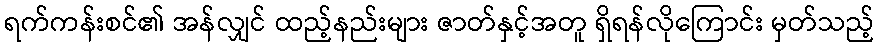
ရက်ကန်းစင်၏ အန်လျှင် ထည့်နည်းများ ဇာတ်နှင့်အတူ ရှိရန်လိုကြောင်း မှတ်သည့်